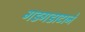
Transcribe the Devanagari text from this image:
गडगडाटाने